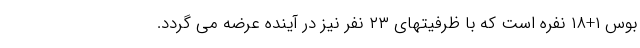
بوس ١+١٨ نفره است که با ظرفیتهای ٢٣ نفر نیز در آینده عرضه می گردد.